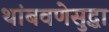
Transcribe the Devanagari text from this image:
थांबवणेसुद्धा